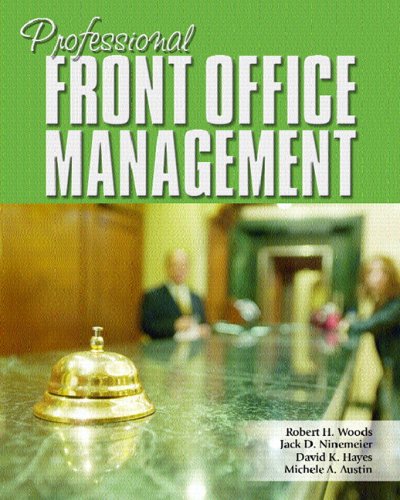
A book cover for Professional Front Office Management; Robert Woods; Business & Money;